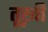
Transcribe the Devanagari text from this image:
तूख़ी